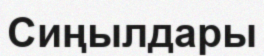
Сиңылдары